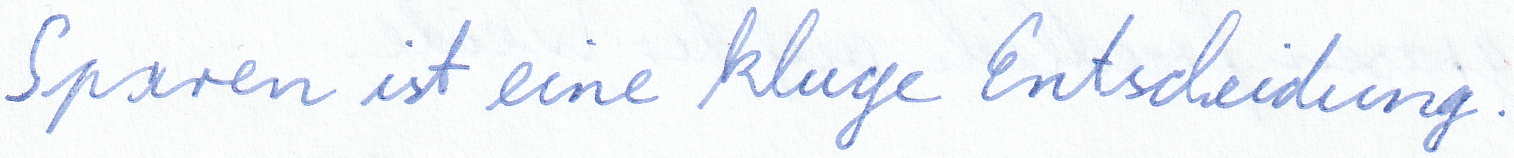
Sparen ist eine kluge Entscheidung.